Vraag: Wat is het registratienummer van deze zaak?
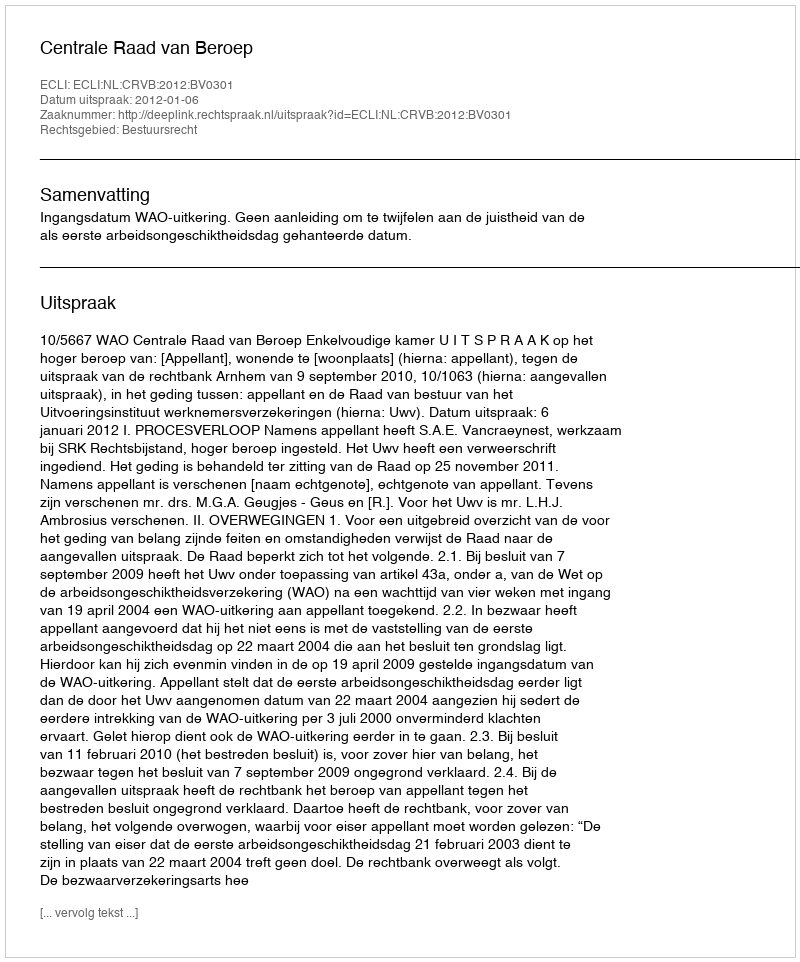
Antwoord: http://deeplink.rechtspraak.nl/uitspraak?id=ECLI:NL:CRVB:2012:BV0301